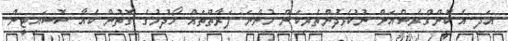
އަދި އެ ކޮންގްރެސްއަށް ނުކުޅެދުންތެރިކަން ހުންނަ ފަރާތްތައް ހޯދުމުގެ ގޮތުން ކެއާ ސޮސައިޓީން